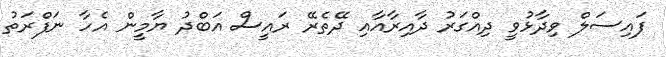
ފައިސަލް ވިދާޅުވީ ދިއްގަރު ދާއިރާއާއި ދޭތެރޭ ރައީސް އަބްދު ޔާމީން އެހާ ނަފްރަތު